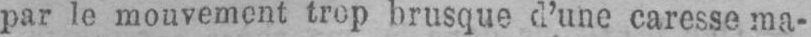
par le mouvement trop brusque d’une caresse ma-